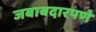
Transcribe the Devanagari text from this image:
जबाबदारपणे